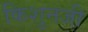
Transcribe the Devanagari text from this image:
किशुनजी